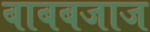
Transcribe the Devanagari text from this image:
बाबबजाज